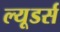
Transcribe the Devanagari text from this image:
ल्यूडर्स